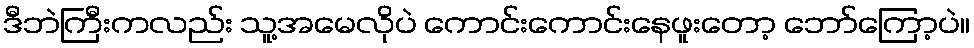
ဒီဘဲကြီးကလည်း သူ့အမေလိုပဲ ကောင်းကောင်းနေဖူးတော့ ဘော်ကြော့ပဲ။